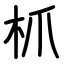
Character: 枛